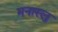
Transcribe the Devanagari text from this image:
मनास्लु